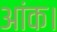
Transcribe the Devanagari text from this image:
आंक।